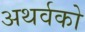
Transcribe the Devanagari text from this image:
अथर्वको